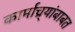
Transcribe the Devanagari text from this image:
कार्माच्र्यांबाबत